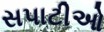
સપાટીઓ